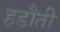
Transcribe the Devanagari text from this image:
हडौती